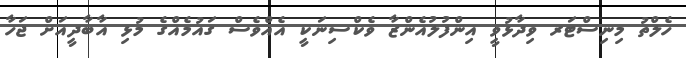
ހެލްތު މިނިސްޓަރ ވިދާޅުވީ އިންފުލުއެންޒާ ވެކްސިނަކީ އެއްވެސް ގައުމެއްގެ މުޅި އާބާދީއަށް ޖަހާ